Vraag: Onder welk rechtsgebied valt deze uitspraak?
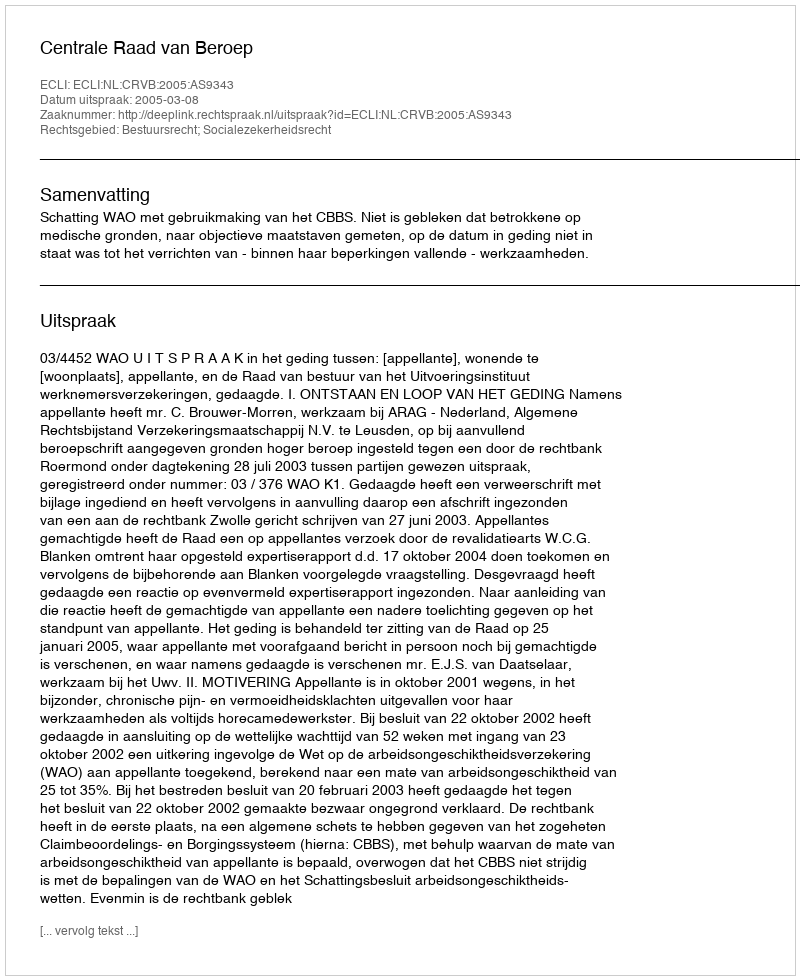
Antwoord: Bestuursrecht; Socialezekerheidsrecht